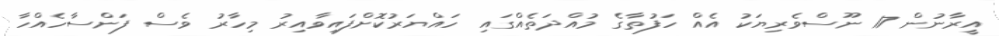
އީރާނުން 17 ނޫސްވެރިޔަކު އެއް ހަފުތާގެ މުއްދަތެއްގައި ހައްޔަރުކޮށްފައިވާއިރު މިހާރު ވެސް ފަންސާހެއްހާ